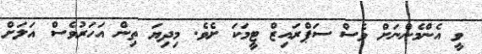
ވީ އެންމެންނަށް ވެސް ސަޕްރައިޒް ޓީމަކަ ށެވެ. މިދިޔަ ތިން އަހަރުވެސް އަލަށް